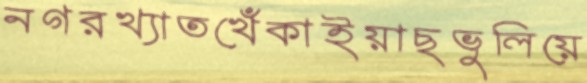
নগরখ্যাতখেঁকাইয়াছভুলিয়ে